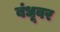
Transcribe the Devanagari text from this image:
बंधूवर